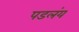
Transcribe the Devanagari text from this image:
पडलंय